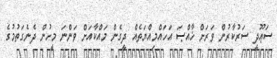
ސަޢޫދީ ސަރުކާރުން ވަރަށް ޚާއްޞަ އަހައްމިއްޔަތެއް ދީގެން މައްކާއަށް ވަންނަ މީހުން ދެނެގަތުމުގެ